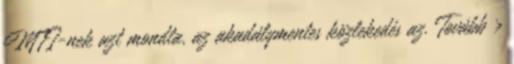
MTI-nek azt mondta, az akadálymentes közlekedés az. Tovább ›